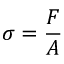
\sigma = { \frac { F } { A } }